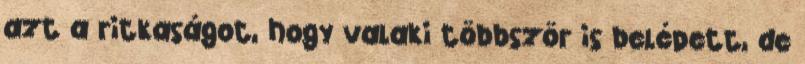
azt a ritkaságot, hogy valaki többször is belépett, de